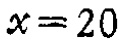
\(x = 20\)